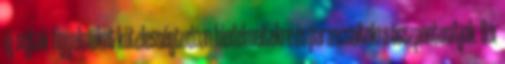
új sejtek figyelmüket kötelességtudóan hiedelmeitekre és parancsaitokra összpontosítják. Bár